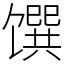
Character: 馔